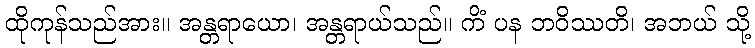
ထိုကုန်သည်အား။ အန္တရာယော၊ အန္တရာယ်သည်။ ကိံ ပန ဘဝိဿတိ၊ အဘယ် သို့